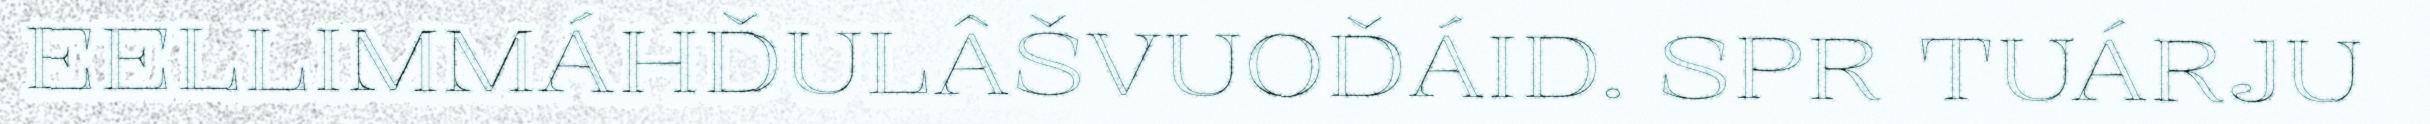
EELLIMMÁHĐULÂŠVUOĐÁID. SPR TUÁRJU